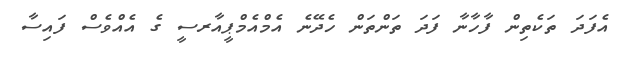
އެފަދަ ތަކެތިން ފާހާނާ ފަދަ ތަންތަން ހެދޭނެ އެމްއެމްޕީއާރސީ ގެ އެއްވެސް ފައިސާ